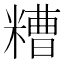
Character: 糟